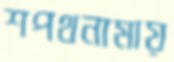
শপথনামায়